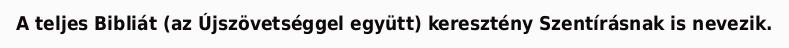
A teljes Bibliát (az Újszövetséggel együtt) keresztény Szentírásnak is nevezik.